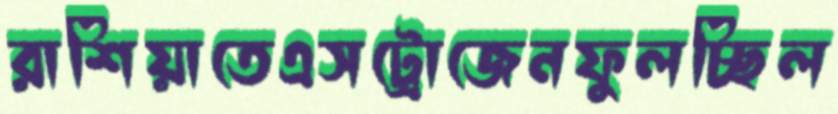
রাশিয়াতেএসট্রোজেনফুলচ্ছিল